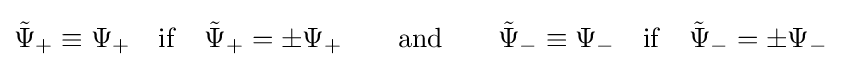
{\tilde {\Psi }}_{+}\equiv \Psi _{+}\quad {\rm {if}}\quad {\tilde {\Psi }}_{+}=\pm \Psi _{+}\qquad {\rm {and}}\qquad {\tilde {\Psi }}_{-}\equiv \Psi _{-}\quad {\rm {if}}\quad {\tilde {\Psi }}_{-}=\pm \Psi _{-}